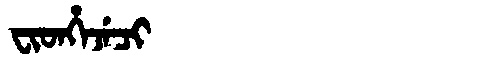
Manchu: ᠸᡳᡨᡥᡝᠵᡝᠴᡳ
Romanization: FITHEJECI